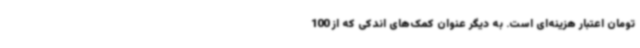
تومان اعتبار هزینه‌ای است. به دیگر عنوان کمک‌های اندکی که از 100